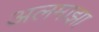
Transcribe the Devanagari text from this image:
अलमाझा